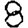
Digit: 8